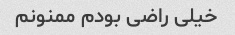
خیلی راضی بودم ممنونم